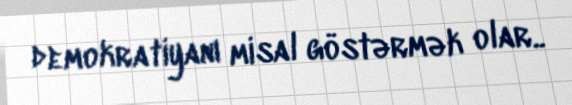
demokratiyanı misal göstərmək olar..